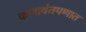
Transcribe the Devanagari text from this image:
कलावंतपणात